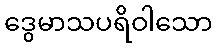
ဒွေမာသပရိဝါသော